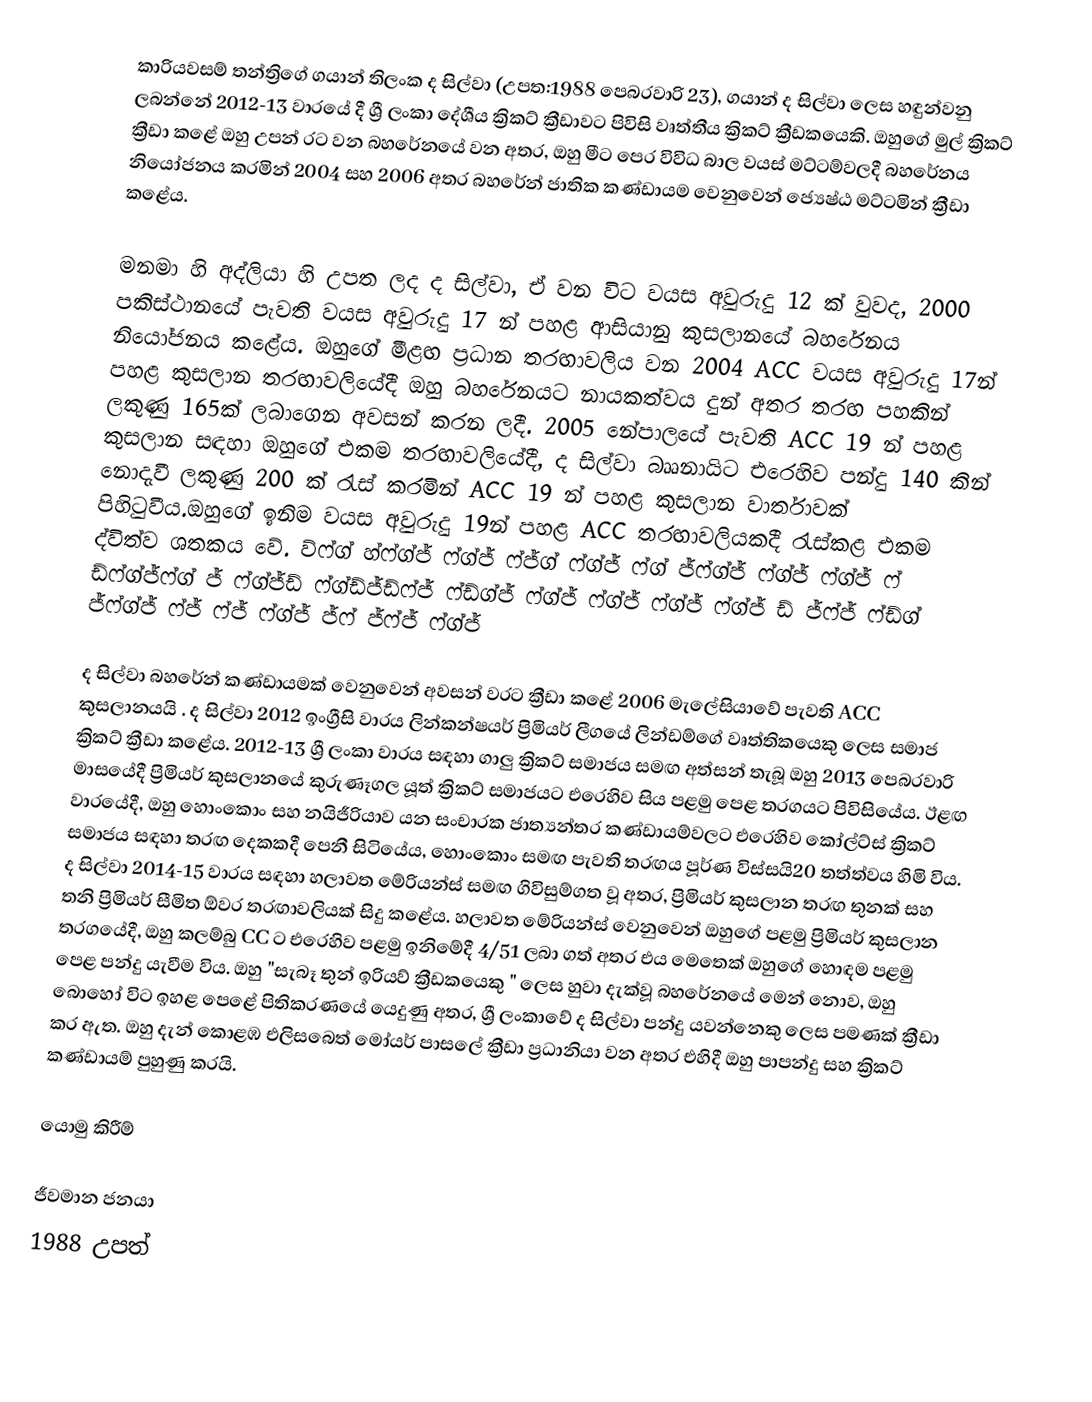
කාරියවසම් තන්ත්‍රිගේ ගයාන් තිලංක ද සිල්වා (උපත:1988 පෙබරවාරි 23), ගයාන් ද සිල්වා ලෙස හඳුන්වනු ලබන්නේ 2012-13 වාරයේ දී ශ්‍රී ලංකා දේශීය ක්‍රිකට් ක්‍රීඩාවට පිවිසි වෘත්තීය ක්‍රිකට් ක්‍රීඩකයෙකි. ඔහුගේ මුල් ක්‍රිකට් ක්‍රීඩා කළේ ඔහු උපන් රට වන බහරේනයේ වන අතර, ඔහු මීට පෙර විවිධ බාල වයස් මට්ටම්වලදී බහරේනය නියෝජනය කරමින් 2004 සහ 2006 අතර බහරේන් ජාතික කණ්ඩායම වෙනුවෙන් ජ්‍යෙෂ්ඨ මට්ටමින් ක්‍රීඩා කළේය.

මනමා හි අද්ලියා හි උපත ලද ද සිල්වා, ඒ වන විට වයස අවුරුදු 12 ක් වුවද, 2000 පකිස්ථානයේ පැවති වයස අවුරුදු 17 න් පහළ ආසියානු කුසලානයේ බහරේනය නියෝජනය කළේය.  ඔහුගේ මීළඟ ප්‍රධාන තරඟාවලිය වන 2004 ACC වයස අවුරුදු 17න් පහළ කුසලාන තරඟාවලියේදී ඔහු බහරේනයට නායකත්වය දුන් අතර  තරඟ පහකින් ලකුණු 165ක් ලබාගෙන අවසන් කරන ලදී.  2005 නේපාලයේ පැවති ACC 19 න් පහළ කුසලාන සඳහා ඔහුගේ එකම තරඟාවලියේදී, ද සිල්වා බෲනායිට එරෙහිව පන්දු 140 කින් නොදැවී ලකුණු 200 ක් රැස් කරමින් ACC 19 න් පහළ කුසලාන වාර්තාවක් පිහිටුවීය.ඔහුගේ ඉනිම වයස අවුරුදු 19න් පහළ ACC තරඟාවලියකදී රැස්කළ එකම ද්විත්ව ශතකය වේ.    ව්ෆ්ග් හ්ෆ්ග්ජ් ෆ්ග්ජ් ෆ්ජ්ග් ෆ්ග්ජ් ෆ්ග් ජ්ෆ්ග්ජ් ෆ්ග්ජ් ෆ්ග්ජ් ෆ් ඩ්ෆ්ග්ජ්ෆ්ග් ජ් ෆ්ග්ජ්ඩ් ෆ්ග්ඩ්ජ්ඩ්ෆ්ජ් ෆ්ඩ්ග්ජ් ෆ්ග්ජ් ෆ්ග්ජ් ෆ්ග්ජ් ෆ්ග්ජ් ඩ් ජ්ෆ්ජ් ෆ්ඩ්ග් ජ්ෆ්ග්ජ් ෆ්ජ් ෆ්ජ් ෆ්ග්ජ් ජ්ෆ් ජ්ෆ්ජ් ෆ්ග්ජ්

ද සිල්වා බහරේන් කණ්ඩායමක් වෙනුවෙන් අවසන් වරට ක්‍රීඩා කළේ 2006 මැලේසියාවේ පැවති ACC කුසලානයයි . ද සිල්වා 2012 ඉංග්‍රීසි වාරය ලින්කන්ෂයර් ප්‍රිමියර් ලීගයේ ලින්ඩම්ගේ වෘත්තිකයෙකු ලෙස සමාජ ක්‍රිකට් ක්‍රීඩා කළේය.  2012-13 ශ්‍රී ලංකා වාරය සඳහා ගාලු ක්‍රිකට් සමාජය සමඟ අත්සන් තැබූ ඔහු 2013 පෙබරවාරි මාසයේදී ප්‍රිමියර් කුසලානයේ කුරුණෑගල යූත් ක්‍රිකට් සමාජයට එරෙහිව සිය පළමු පෙළ තරගයට පිවිසියේය.  ඊළඟ වාරයේදී, ඔහු හොංකොං සහ නයිජීරියාව යන සංචාරක ජාත්‍යන්තර කණ්ඩායම්වලට එරෙහිව කෝල්ට්ස් ක්‍රිකට් සමාජය සඳහා තරඟ දෙකකදී පෙනී සිටියේය, හොංකොං සමඟ පැවති තරඟය පූර්ණ විස්සයි20 තත්ත්වය හිමි විය.   ද සිල්වා 2014-15 වාරය සඳහා හලාවත මේරියන්ස් සමඟ ගිවිසුම්ගත වූ අතර, ප්‍රිමියර් කුසලාන තරඟ තුනක් සහ තනි ප්‍රිමියර් සීමිත ඕවර තරඟාවලියක් සිදු කළේය.  හලාවත මේරියන්ස් වෙනුවෙන් ඔහුගේ පළමු ප්‍රිමියර් කුසලාන තරගයේදී, ඔහු කලම්බු CC ට එරෙහිව පළමු ඉනිමේදී 4/51 ලබා ගත් අතර එය මෙතෙක් ඔහුගේ හොඳම පළමු පෙළ පන්දු යැවීම විය.  ඔහු "සැබෑ තුන් ඉරියව් ක්‍රීඩකයෙකු " ලෙස හුවා දැක්වූ බහරේනයේ මෙන් නොව, ඔහු බොහෝ විට ඉහළ පෙළේ පිතිකරණයේ යෙදුණු අතර, ශ්‍රී ලංකාවේ ද සිල්වා පන්දු යවන්නෙකු ලෙස පමණක් ක්‍රීඩා කර ඇත.  ඔහු දැන් කොළඹ එලිසබෙත් මෝයර් පාසලේ ක්‍රීඩා ප්‍රධානියා වන අතර එහිදී ඔහු පාපන්දු සහ ක්‍රිකට් කණ්ඩායම් පුහුණු කරයි.

යොමු කිරීම්

ජීවමාන ජනයා
1988 උපත්